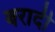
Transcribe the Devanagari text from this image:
बरादी